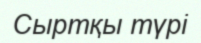
Сыртқы түрі